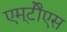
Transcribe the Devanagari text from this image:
एम्‌टीेएस